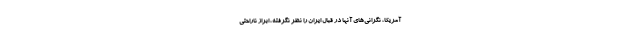
آمریکا، نگرانی‌های آنها در قبال ایران را نظر نگرفته، ابراز ناراحتی